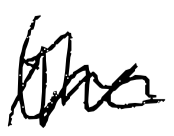
Text: the
Cross-out: zig-zag
Writing tool: digital_black